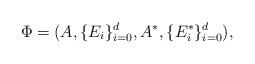
LaTeX: \begin{align*} \Phi = (A, \{E_i\}_{i=0}^d, A^*, \{E^*_i\}_{i=0}^d),\end{align*}